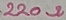
Text: 220Ω